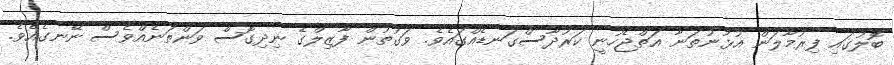
ބޮލުގައި ފިރުމާލަން އުޅުނުތަނާ އަތްޖެހުނީ ކަރުދާސްގަނޑެއްގައެވެ. ވަގުތުން ފާޒިލްގެ ނިދިގޮސް ވަންތަނެއްވެސް ނޭނގެއެވެ.